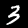
Label: 3